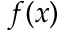
f ( x )